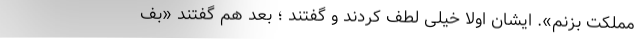
مملکت بزنم». ایشان اولا خیلی لطف کردند و گفتند ؛ بعد هم گفتند «بف